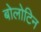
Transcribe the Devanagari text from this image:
बोलोटिन